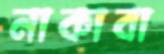
নাকাবা